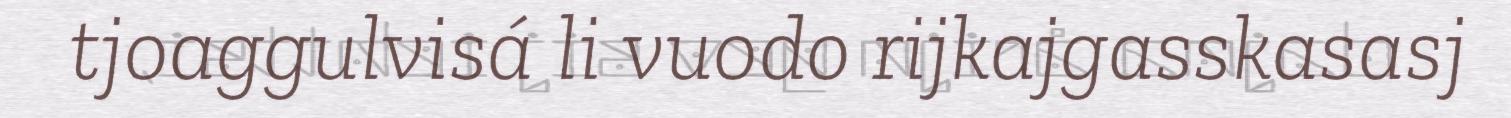
tjoaggulvisá li vuodo rijkajgasskasasj